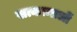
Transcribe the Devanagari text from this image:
सत्कान्तलों